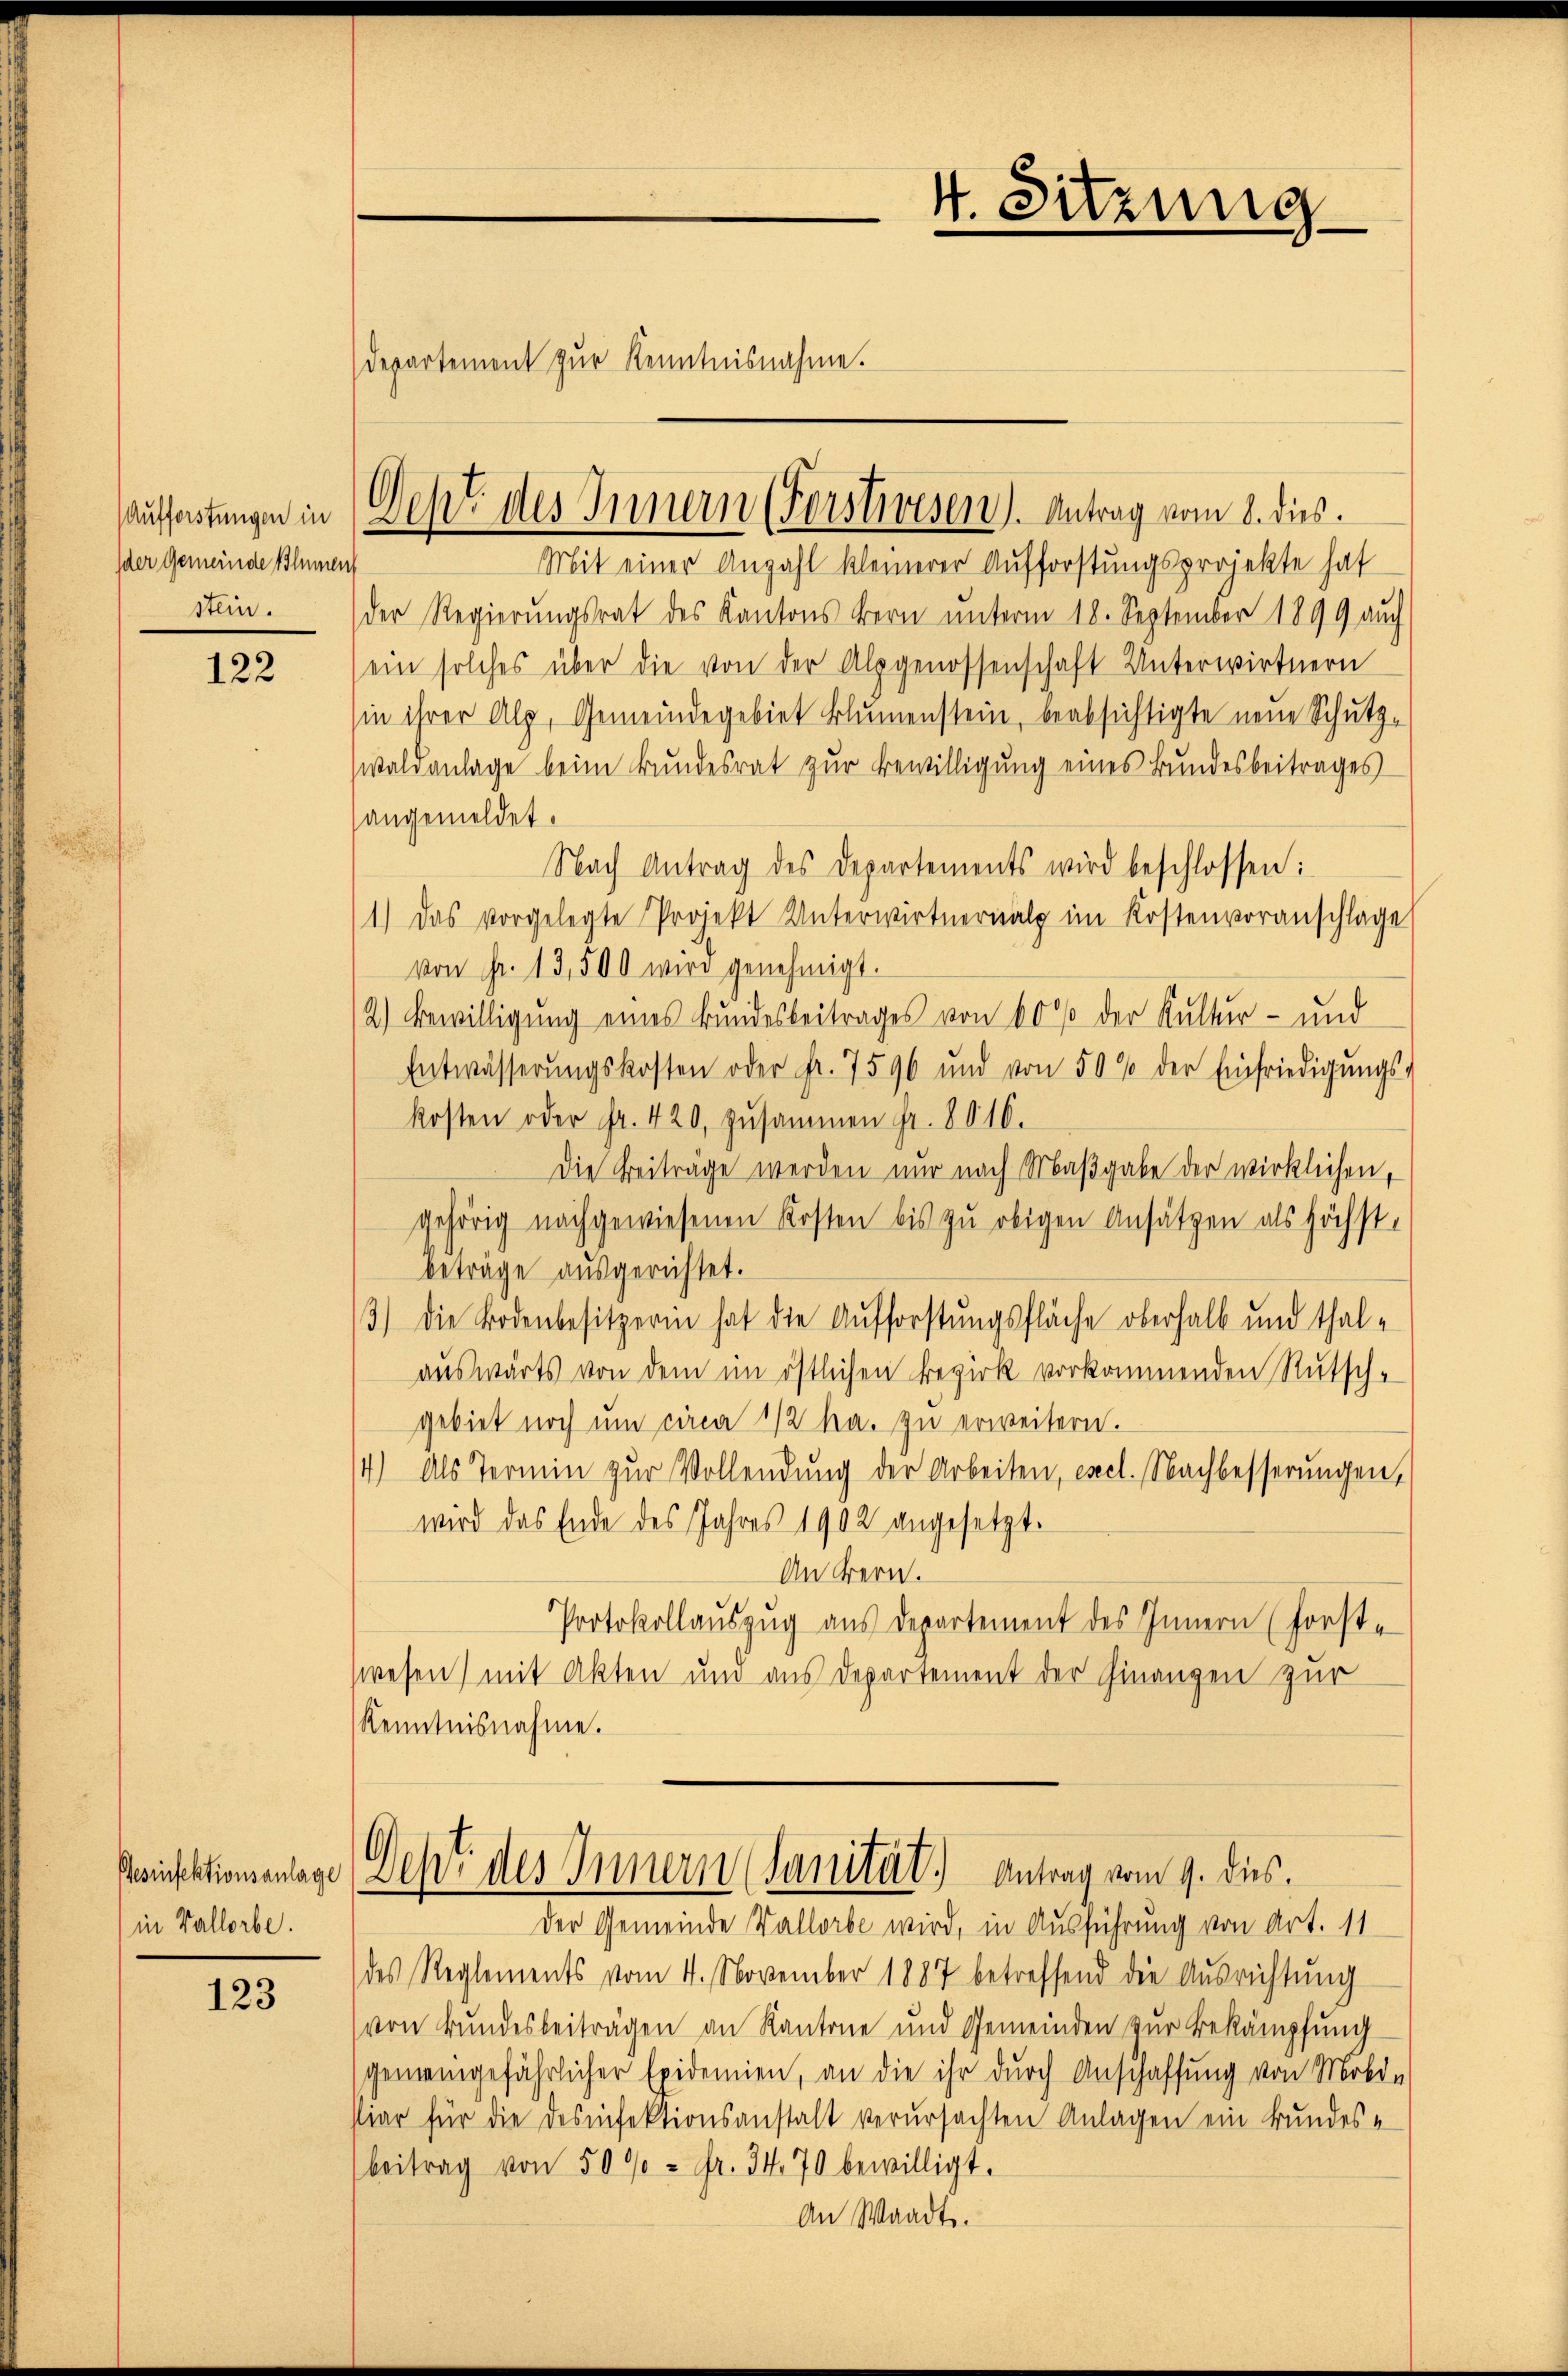
Aufforstungen in
der Gemeinde Blumen
stein.
e

122

in Vallorbe

123

4. Sitzung
Departement zur Kenntnisnahme.

Geht des Innern (Forstwesen). Antrag vom 8. dies.

Mit einer Anzahl kleinerer Aufforstungsprojekte hat
der Regierŭngsrat des Kantons Bern ŭnterm 18. September 1899 auch
ein solches über die von der Alpgenossenschaft Unterwirtnern
in ihrer Alp, Gemeindegebiet Blumenstein, beabsichtigte neue Schutz-
waldanlage beim Bundesrat zur Bewilligung eines Bundesbeitrages
angemeldet.
Nach Antrag des Departements wird beschlossen:
1.) Das vorgelegte Projekt Unterwirternalp im Kostenvoranschlage
von Fr. 13,500 wird genehmigt.
2.) Bewilligung eines Bundesbeitrages von 40% der Kultur- und
Entwässerŭngskosten oder Fr. 7596 und von 50% der Einfriedigŭngs-
kosten oder Fr. 420, zusammen Fr. 8016.
Die Beiträge werden nur nach Maßgabe der wirklichen,
gehörig nachgewiesenen Kosten bis zu obigen Ansätzen als höchst-
beträge ausgerichtet.
3.) Die Bodenbesitzerin hat die Aufforstungsfläche oberhalb und thalauswärts von dem im östlichen Bezirk vorkommenden Rutsch-
gebiet noch ŭm circa 1/2 ha. zŭ erweitern.
14) Als Termin zur Vollendung der Arbeiten, esecl. Nachbesserungen,
wird das Ende des Jahres 1902 angesetzt.
An Bern.
Protokollauszug aus Departement des Innern (Forst-
wesen) mit Akten und aus Departement der Finanzen zur
Kenntnisnahme.
Peinscationsanlage (Dept des Innern (Sanität. Antrag vom 9. ds.
Der Gemeinde Vallorbe wird, in Ausführung von Art. 11
des Reglements vom 4. November 1887 betreffend die Ausrichtung
von Bundesbeiträgen an Kantone und Gemeinden zur Bekämpfung
gemeingefährlicher Epidemien, an die ihr durch Anschaffung von Mobi-
stiar für die desinfektionsanstalt verursachten Anlagen ein Bundes-
beitrag von 5000 - Fr. 34. 70 bewilligt.
An Waadt.